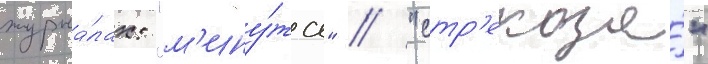
журна́лах: "м'ину́та" / "стр'екоза́"